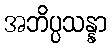
အဘိပ္ပသန္နာ